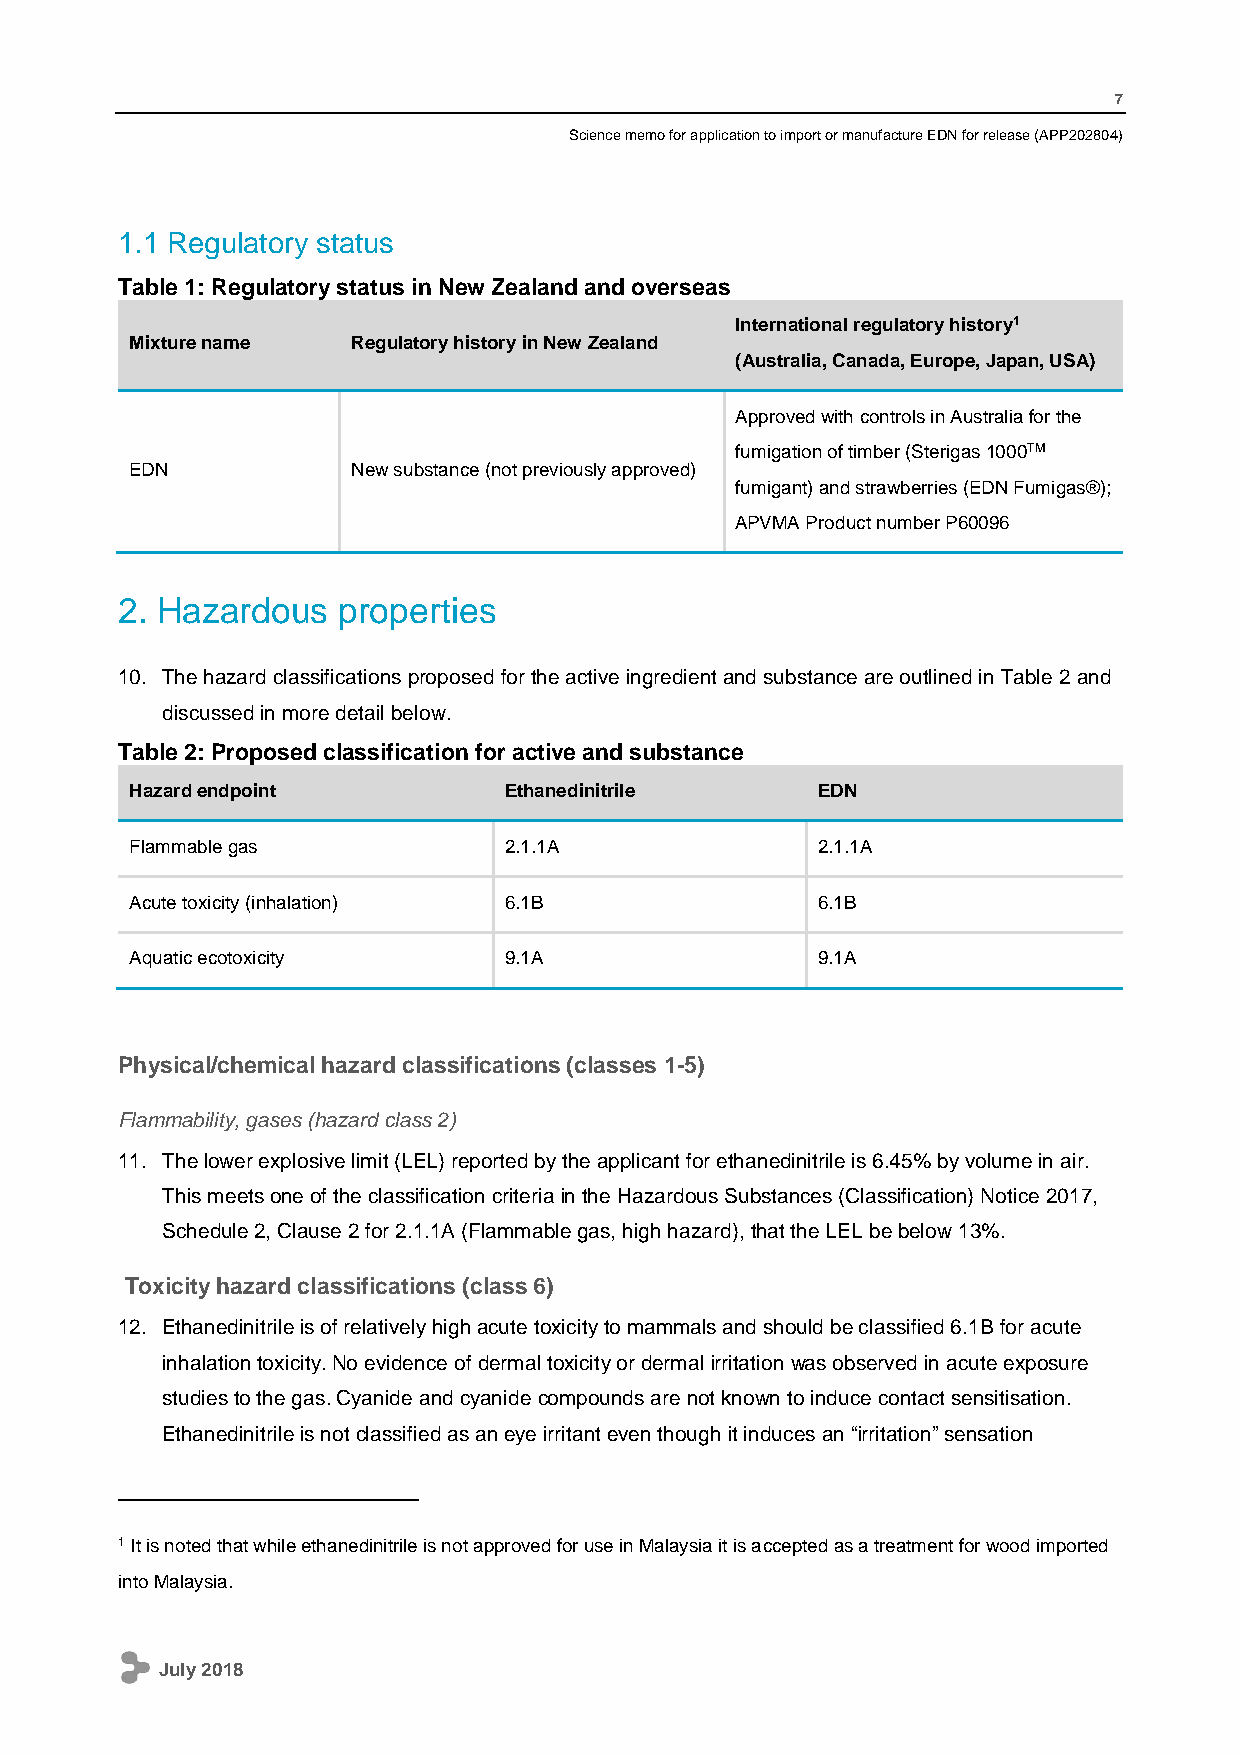
7
 Science memo for application to import or manufacture EDN for release (APP202804)
 1.1 Regulatory status
 Table 1: Regulatory status in New Zealand and overseas
 International regulatory history1
 Mixture name  Regulatory history in New Zealand
 (Australia, Canada, Europe, Japan, USA)
 Approved with controls in Australia for the
 fumigation of timber (Sterigas 1000TM
 EDN           New substance (not previously approved)
 fumigant) and strawberries (EDN Fumigas®);
 APVMA Product number P60096
 2. Hazardous  properties
 10. The hazard classifications proposed for the active ingredient and substance are outlined in Table 2 and
 discussed in more detail below.
 Table 2: Proposed classification for active and substance
 Hazard endpoint         Ethanedinitrile      EDN
 Flammable gas           2.1.1A               2.1.1A
 Acute toxicity (inhalation) 6.1B             6.1B
 Aquatic ecotoxicity     9.1A                 9.1A
 Physical/chemical hazard classifications (classes 1-5)
 Flammability, gases (hazard class 2)
 11. The lower explosive limit (LEL) reported by the applicant for ethanedinitrile is 6.45% by volume in air.
 This meets one of the classification criteria in the Hazardous Substances (Classification) Notice 2017,
 Schedule 2, Clause 2 for 2.1.1A (Flammable gas, high hazard), that the LEL be below 13%.
 Toxicity hazard classifications (class 6)
 12. Ethanedinitrile is of relatively high acute toxicity to mammals and should be classified 6.1B for acute
 inhalation toxicity. No evidence of dermal toxicity or dermal irritation was observed in acute exposure
 studies to the gas. Cyanide and cyanide compounds are not known to induce contact sensitisation.
 Ethanedinitrile is not classified as an eye irritant even though it induces an “irritation” sensation
 1 It is noted that while ethanedinitrile is not approved for use in Malaysia it is accepted as a treatment for wood imported
 into Malaysia.
 July 2018